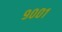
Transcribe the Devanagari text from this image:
९००१